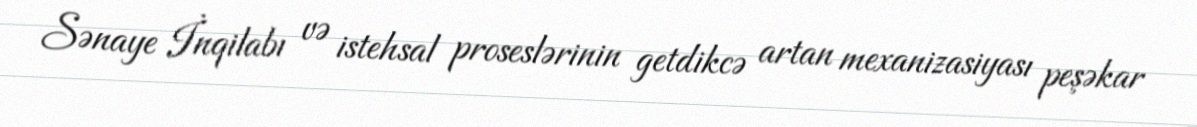
Sənaye İnqilabı və istehsal proseslərinin getdikcə artan mexanizasiyası peşəkar